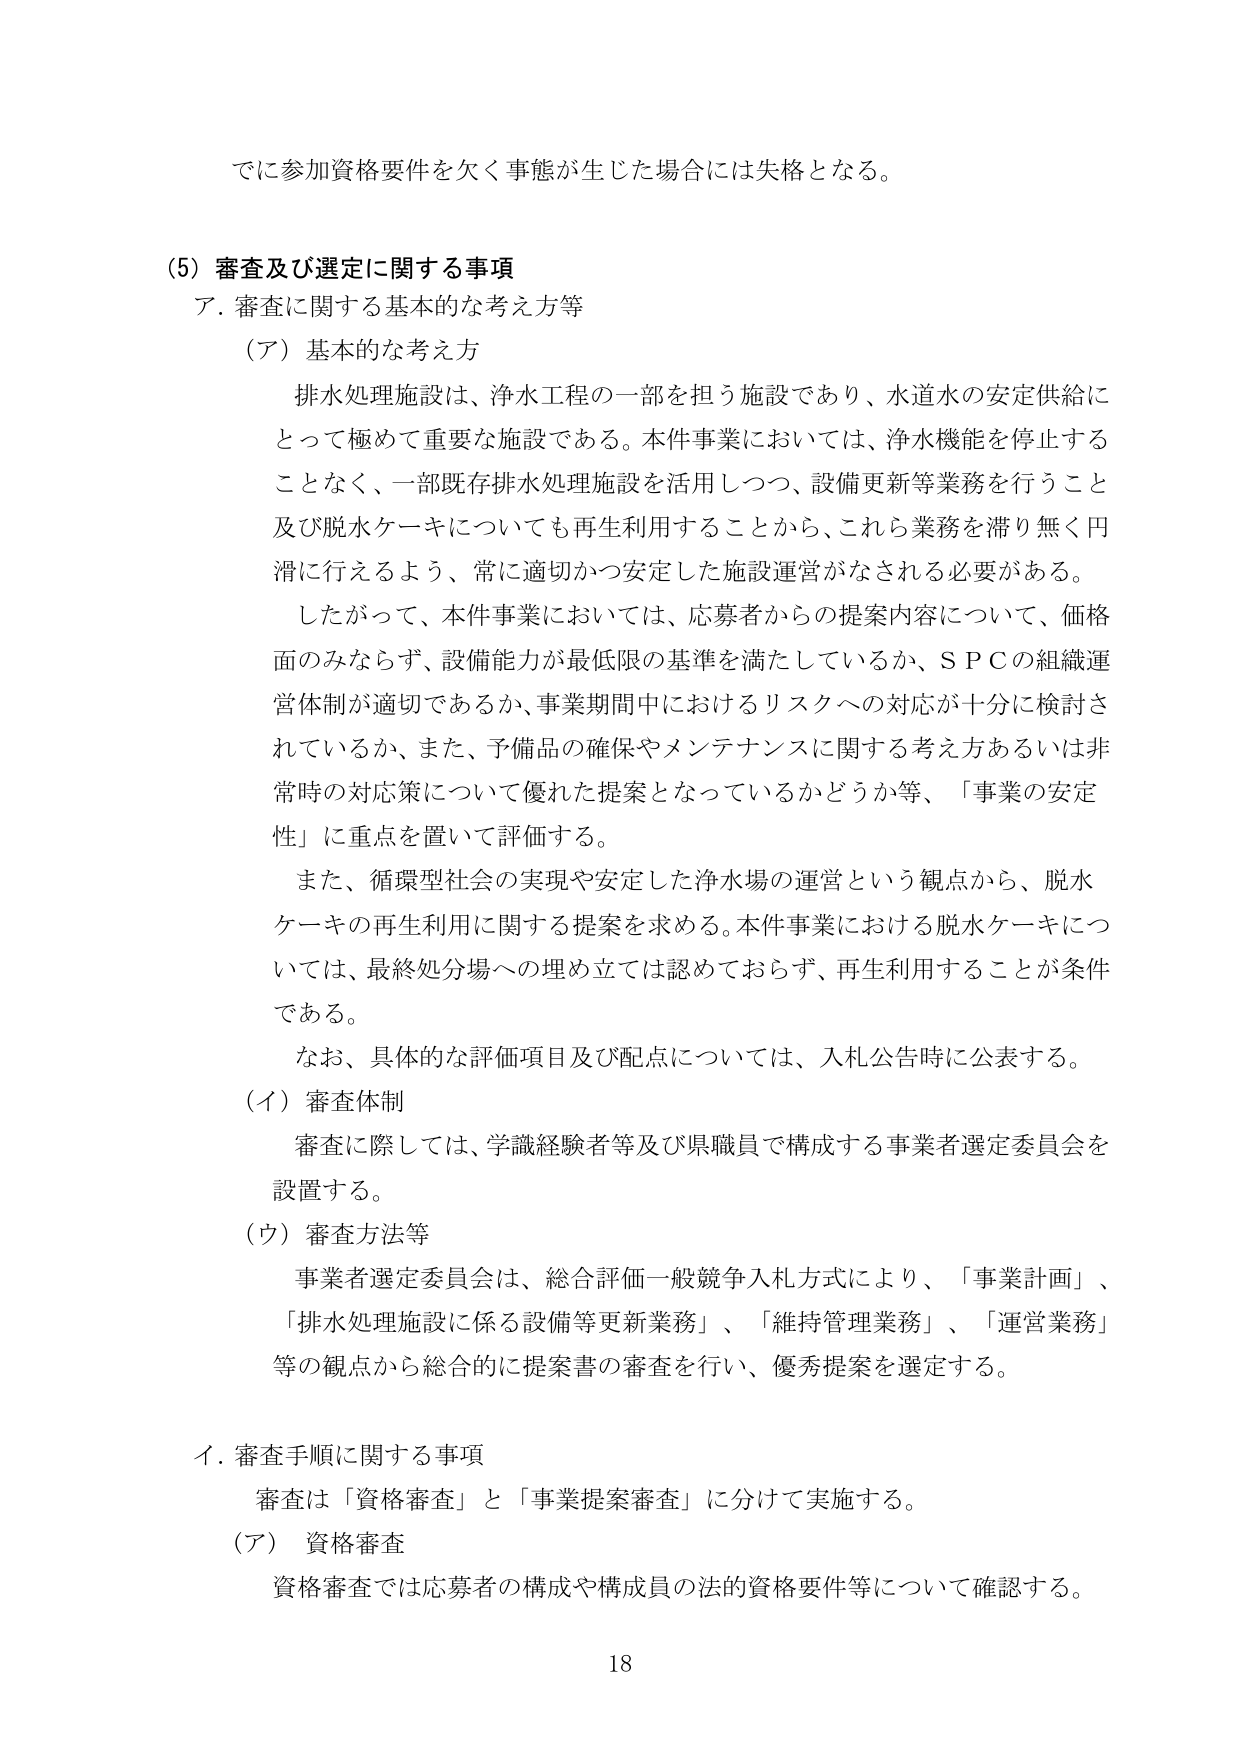
でに参加資格要件を欠く事態が生じた場合には失格となる。

(5) 審査及び選定に関する事項
ア. 審査に関する基本的な考え方等
(ア) 基本的な考え方
排水処理施設は、浄水工程の一部を担う施設であり、水道水の安定供給に
とって極めて重要な施設である。本件事業においては、浄水機能を停止する
ことなく、一部既存排水処理施設を活用しつつ、設備更新等業務を行うこと
及び脱水ケーキについても再生利用することから、これら業務を滞り無く円
滑に行えるよう、常に適切かつ安定した施設運営がなされる必要がある。
したがって、本件事業においては、応募者からの提案内容について、価格
面のみならず、設備能力が最低限の基準を満たしているか、ＳＰＣの組織運
営体制が適切であるか、事業期間中におけるリスクへの対応が十分に検討さ
れているか、また、予備品の確保やメンテナンスに関する考え方あるいは非
常時の対応策について優れた提案となっているかどうか等、「事業の安定
性」に重点を置いて評価する。
また、循環型社会の実現や安定した浄水場の運営という観点から、脱水
ケーキの再生利用に関する提案を求める。本件事業における脱水ケーキにつ
いては、最終処分場への埋め立ては認めておらず、再生利用することが条件
である。
なお、具体的な評価項目及び配点については、入札公告時に公表する。
(イ) 審査体制
審査に際しては、学識経験者等及び県職員で構成する事業者選定委員会を
設置する。
(ウ) 審査方法等
事業者選定委員会は、総合評価一般競争入札方式により、「事業計画」、
「排水処理施設に係る設備等更新業務」、「維持管理業務」、「運営業務」
等の観点から総合的に提案書の審査を行い、優秀提案を選定する。

イ. 審査手順に関する事項
審査は「資格審査」と「事業提案審査」に分けて実施する。
(ア) 資格審査
資格審査では応募者の構成や構成員の法的資格要件等について確認する。

18